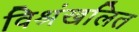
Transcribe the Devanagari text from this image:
विश्रंखलित